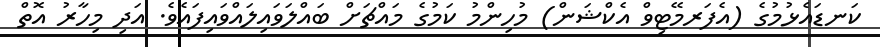
ކަނޑައެޅުމުގެ (އެފަރމޭޓިވް އެކްޝަން) މުހިންމު ކަމުގެ މައްޗަށް ބައްލަވައިލައްވައިފައެވެ. އަދި މިހާރު އޮތް